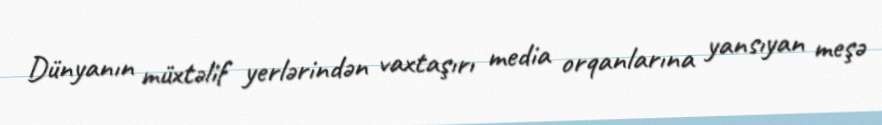
Dünyanın müxtəlif yerlərindən vaxtaşırı media orqanlarına yansıyan meşə